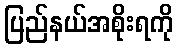
ပြည်နယ်အစိုးရကို